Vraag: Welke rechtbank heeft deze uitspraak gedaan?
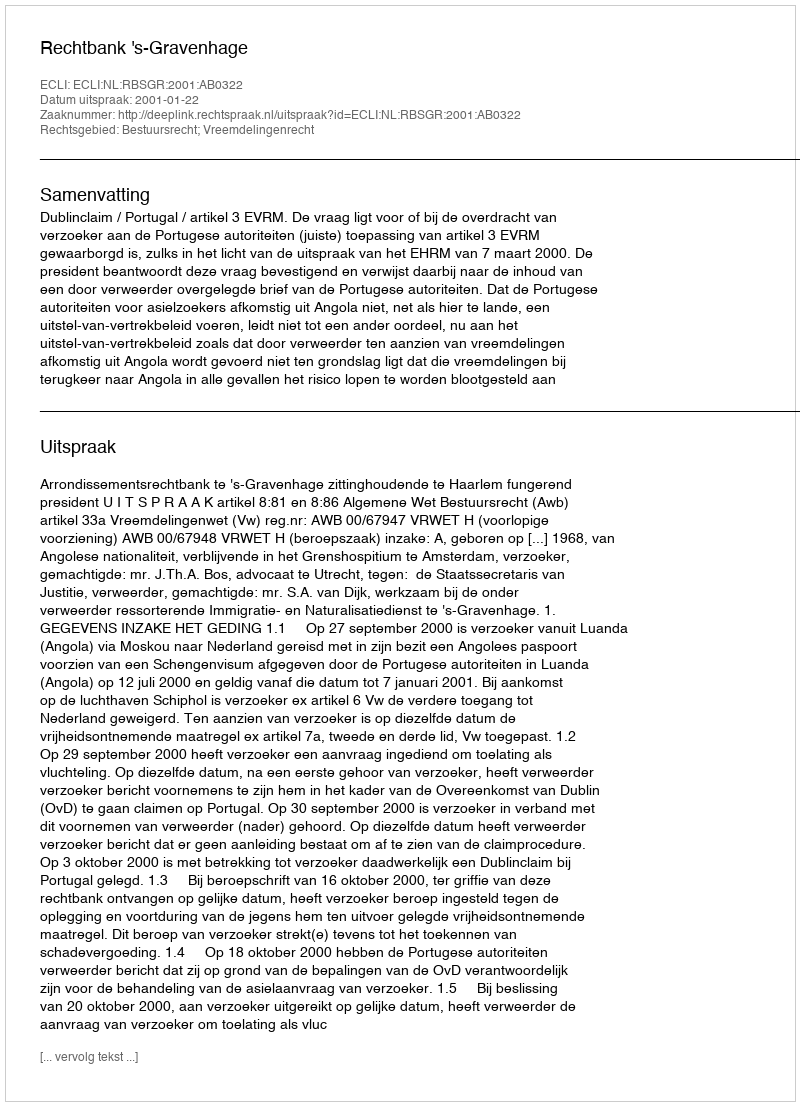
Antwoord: Rechtbank 's-Gravenhage